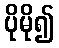
ပိုမို၍